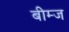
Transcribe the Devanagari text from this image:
बीम्ज